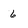
Character: 6